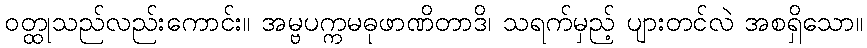
ဝတ္ထုသည်လည်းကောင်း။ အမ္ဗပက္ကမဓုဖာဏိတာဒိ၊ သရက်မှည့် ပျားတင်လဲ အစရှိသော။